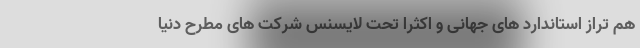
هم تراز استاندارد های جهانی و اکثراً تحت لایسنس شرکت های مطرح دنیا